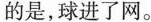
的是，球进了网。